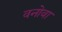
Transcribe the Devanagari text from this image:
वनोवा